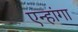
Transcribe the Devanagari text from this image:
एन्हांगा